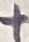
Text: +